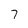
Character: 7